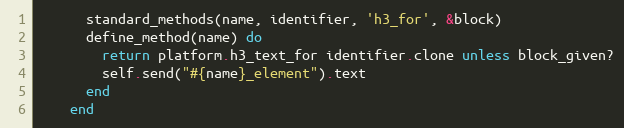
Language: Ruby
      standard_methods(name, identifier, 'h3_for', &block)
      define_method(name) do
        return platform.h3_text_for identifier.clone unless block_given?
        self.send("#{name}_element").text
      end
    end